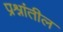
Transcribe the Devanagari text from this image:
प्रश्नांतील